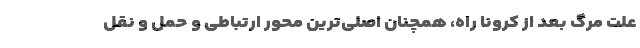
علت مرگ بعد از کرونا راه، همچنان اصلی‌ترین محور ارتباطی و حمل و نقل